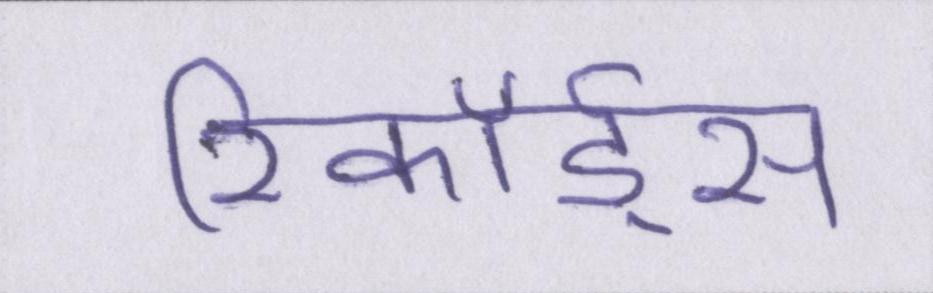
रिकॉर्ड्स